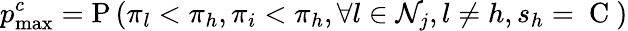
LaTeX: p_{\operatorname*{max}}^{c}=\mathrm{P}\left(\pi_{l}<\pi_{h},\pi_{i}<\pi_{h},\forall l\in\mathcal{N}_{j},l\neq h,s_{h}=\mathrm{~C~}\right)